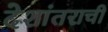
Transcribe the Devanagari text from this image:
देशांतराची